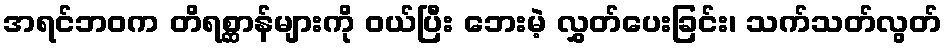
အရင်ဘဝက တိရစ္ဆာန်များကို ဝယ်ပြီး ဘေးမဲ့ လွှတ်ပေးခြင်း၊ သက်သတ်လွတ်